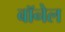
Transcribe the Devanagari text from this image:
बॉनेल